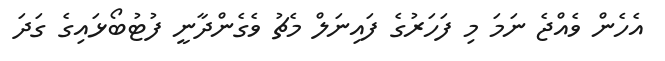
އެހެން ވެއްޖެ ނަމަ މި ފަހަރުގެ ފައިނަލް މެޗު ވެގެންދާނީ ފުޓުބޯޅައިގެ ގަދަ